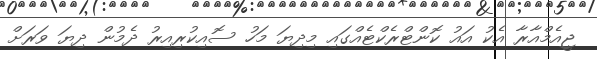
ޖީއެމްއާރާ އެކު އައު ކޮންޓްރެކްޓެއްގައި މިދިޔަ މަހު ސޮއިކުރިއިރު ދެމުން ދިޔަ ވަރަށް